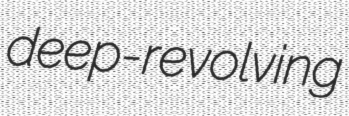
deep-revolving